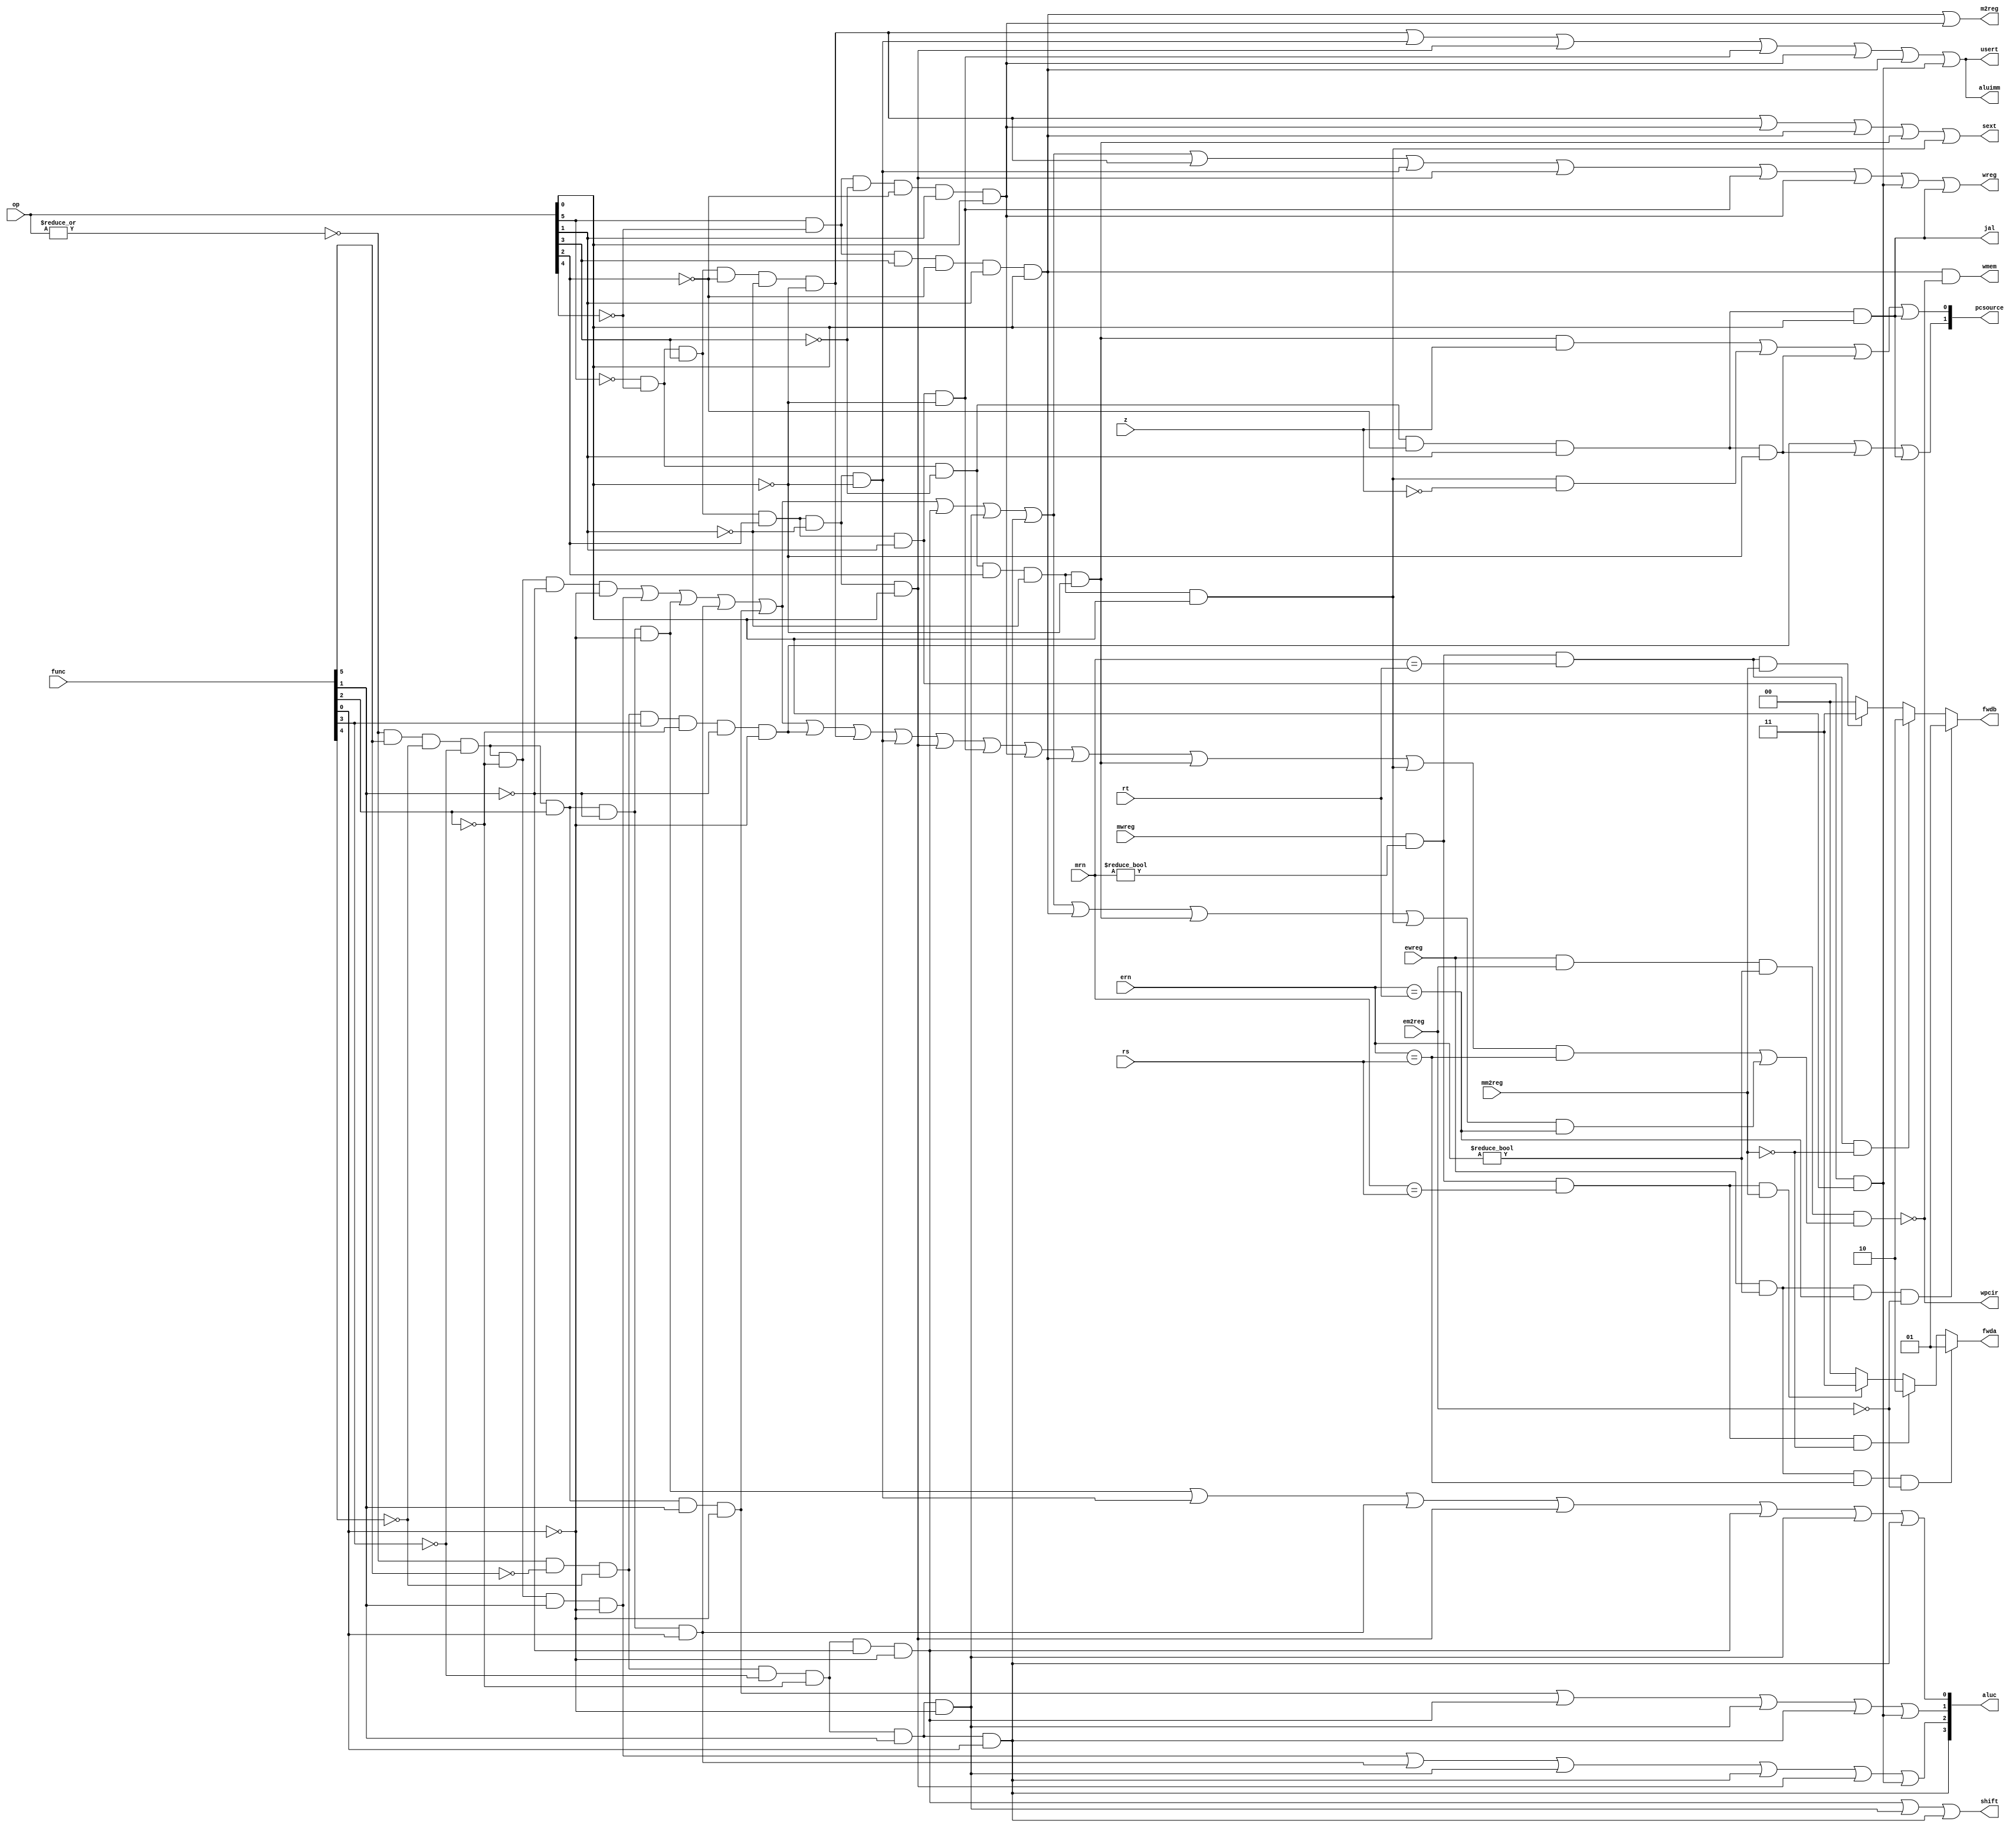
module sc_cu (op,func,rs,rt,mrn,mm2reg,mwreg,ern,em2reg,
	ewreg,z,pcsource,wpcir,wreg,m2reg,wmem,jal,aluc,
	aluimm,shift,usert,sext,fwdb,fwda);
	
	input mwreg,ewreg,em2reg,mm2reg,z;
	input [4:0] mrn,ern,rs,rt;
	input [5:0] func,op;
	
	output wreg,m2reg,wmem,usert,aluimm,sext,shift,jal;
	output [3:0] aluc;
	output [1:0] pcsource;
	output reg [1:0] fwda,fwdb;
	output wpcir;
   wire r_type = ~|op;
   wire i_add = r_type & func[5] & ~func[4] & ~func[3] &
                ~func[2] & ~func[1] & ~func[0];          //100000
   wire i_sub = r_type & func[5] & ~func[4] & ~func[3] &
                ~func[2] &  func[1] & ~func[0];          //100010
      
   //  please complete the deleted code.
   
   wire i_and = r_type & func[5] & ~func[4] & ~func[3] &
                func[2] &  ~func[1] & ~func[0];          //100100
   wire i_or  = r_type & func[5] & ~func[4] & ~func[3] &
                func[2] &  ~func[1] & func[0];           //100101

   wire i_xor = r_type & func[5] & ~func[4] & ~func[3] &
                func[2] &  func[1] & ~func[0];           //100110
   wire i_sll = r_type & ~func[5] & ~func[4] & ~func[3] &
                ~func[2] &  ~func[1] & ~func[0];         //000000
   wire i_srl = r_type & ~func[5] & ~func[4] & ~func[3] &
                ~func[2] &  func[1] & ~func[0];          //000010
   wire i_sra = r_type & ~func[5] & ~func[4] & ~func[3] &
                ~func[2] &  func[1] & func[0];           //000011
   wire i_jr  = r_type & ~func[5] & ~func[4] & func[3] &
                ~func[2] &  ~func[1] & ~func[0];         //001000
                
   wire i_addi = ~op[5] & ~op[4] &  op[3] & ~op[2] & ~op[1] & ~op[0]; //001000
   wire i_andi = ~op[5] & ~op[4] &  op[3] &  op[2] & ~op[1] & ~op[0]; //001100
   
   wire i_ori  = ~op[5] & ~op[4] &  op[3] &  op[2] & ~op[1] &  op[0]; //001101        
   wire i_xori = ~op[5] & ~op[4] &  op[3] &  op[2] &  op[1] & ~op[0]; //001110  
   wire i_lw   =  op[5] & ~op[4] & ~op[3] & ~op[2] &  op[1] &  op[0]; //100011  
   wire i_sw   =  op[5] & ~op[4] &  op[3] & ~op[2] &  op[1] &  op[0]; //101011
   wire i_beq  = ~op[5] & ~op[4] & ~op[3] &  op[2] & ~op[1] & ~op[0]; //000100
   wire i_bne  = ~op[5] & ~op[4] & ~op[3] &  op[2] & ~op[1] &  op[0]; //000101
   wire i_lui  = ~op[5] & ~op[4] &  op[3] &  op[2] &  op[1] &  op[0]; //001111
   wire i_j    = ~op[5] & ~op[4] & ~op[3] & ~op[2] &  op[1] & ~op[0]; //000010
   wire i_jal  = ~op[5] & ~op[4] & ~op[3] & ~op[2] &  op[1] &  op[0]; //000011   
  
   assign pcsource[1] = i_jr | i_j | i_jal;
   assign pcsource[0] = ( i_beq & z ) | (i_bne & ~z) | i_j | i_jal ;
   
   assign wreg = i_add | i_sub | i_and | i_or   | i_xor  |
                 i_sll | i_srl | i_sra | i_addi | i_andi |
                 i_ori | i_xori | i_lw | i_lui  | i_jal;
   
   assign aluc[3] = i_sra;
   assign aluc[2] = i_sub | i_or | i_srl | i_sra | i_ori | i_lui;
   assign aluc[1] = i_xor | i_sll | i_srl | i_sra | i_lui;
   assign aluc[0] = i_and | i_andi | i_or | i_ori | i_sll | i_srl | i_sra;
   assign shift   = i_sll | i_srl | i_sra ;

   assign aluimm  = i_addi | i_andi | i_ori | i_xori | i_lw | i_sw | i_lui;
   assign sext    = i_addi | i_lw | i_sw | i_beq | i_bne;
   assign wmem    = i_sw & wpcir;
   assign m2reg   = i_sw | i_lw;
   assign usert   = i_addi | i_andi | i_ori | i_xori | i_lw | i_sw | i_lui;
   assign jal     = i_jal;
	
	wire i_rs = i_add | i_sub | i_and | i_or | i_xor | i_jr  | i_addi | i_andi 
					| i_ori | i_xori | i_lw | i_sw | i_beq | i_bne ;
	wire i_rt = i_add | i_sub | i_and | i_or | i_xor | i_sll | i_srl  | i_sra  
	            | i_sw  | i_beq  | i_bne ;
					
   //exe write reg and this inst read the same reg, stall pc/if, fwd data from mem
	assign wpcir = ~ (ewreg & em2reg & (ern != 0 ) & (i_rs & (ern == rs) | i_rt & (ern == rt)));
	
	//it's from ppt, but l don't understand clearly the fwd order
	always @ (ewreg or mwreg or ern or mrn or em2reg or mm2reg or rs or rt )
		begin
		fwda =2'b00;
		if (ewreg & (ern != 0 ) & (ern == rs) & ~em2reg)
			begin
			fwda = 2'b01;
			end 
		else 
			begin
			if (mwreg & (mrn != 0 ) & (mrn == rs) & ~mm2reg)
				begin
				fwda = 2'b10;
				end 
			else 
				begin
				if (mwreg & (mrn != 0) & (mrn == rs) & mm2reg) 
					begin
					fwda = 2'b11;
					end
				end
			end
		
		fwdb = 2'b00;
		if (ewreg & (ern !=0 ) & (ern == rt) & ~em2reg)
			begin
			fwdb = 2'b01;
			end 
		else 
			begin
			if (mwreg & (mrn != 0) & (mrn == rt) & ~mm2reg)
				begin
				fwdb = 2'b10 ;
				end 
			else 
				begin
				if (mwreg & (mrn != 0 ) & (mrn == rt) & mm2reg )
					begin
					fwdb =2'b11;
					end
				end
			end
		end
	
endmodule